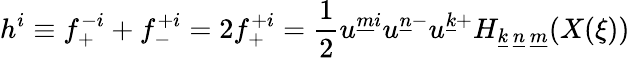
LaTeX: h^{i}\equiv f_{+}^{-i}+f_{-}^{+i}=2f_{+}^{+i}={\frac{1}{2}}u^{\underline{{{m}}}i}u^{\underline{{{n}}}-}u^{\underline{{{k}}}+}H_{\underline{{{k}}}~\underline{{{n}}}~\underline{{{m}}}}(X(\xi))